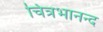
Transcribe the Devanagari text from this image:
चित्रभानन्द